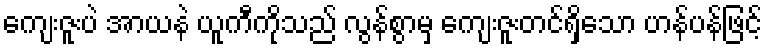
ကျေးဇူးပဲ အာယနဲ ယူကီကိုသည် လွန်စွာမှ ကျေးဇူးတင်ရှိသော ဟန်ပန်ဖြင့်